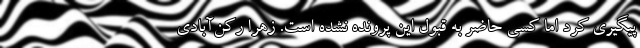
پیگیری کرد اما کسی حاضر به قبول این پرونده نشده است. زهرا رکن‌آبادی